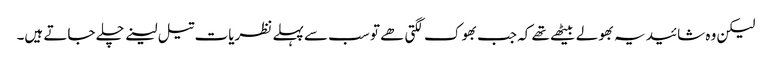
لیکن وہ شائید یہ بھولے بیٹھے تھے کہ جب بھوک لگتی ھے تو سب سے پہلے نظریات تیل لینے چلے جاتے ہیں۔